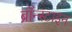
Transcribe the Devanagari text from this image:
ब्रॉन्स्टाइन